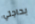
بحاجتي